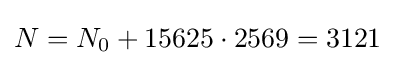
N=N_{0}+15625\cdot 2569=3121